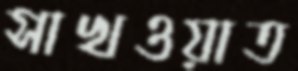
সাখওয়াত